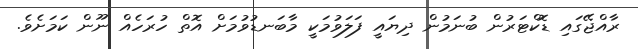
ރާއްޖޭގައި ޑޮކްޓަރުން ބުނަމުން ދިޔައީ ފަލަވުމަކީ މާބަނޑުވުމަށް އޮތް ހުރަހެއް ނޫން ކަމަށެވެ.